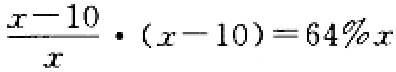
$\frac{x - 10}{x} \cdot (x - 10) = 64\%x$